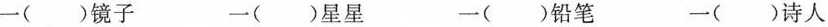
一()镜子 一()星星 一()铅笔 一()诗人